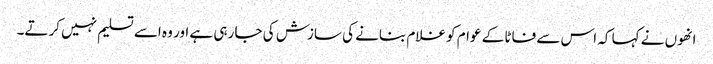
انھوں نے کہا کہ اس سے فاٹا کے عوام کو غلام بنانے کی سازش کی جا رہی ہے اور وہ اسے تسلیم نہیں کرتے۔